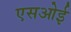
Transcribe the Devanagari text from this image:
एसओई